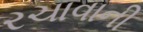
રચાવાની